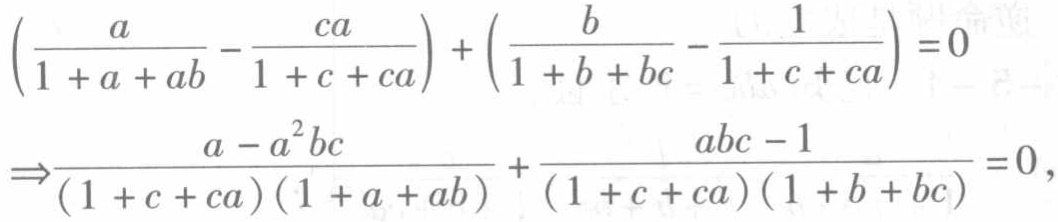
$\begin{align*}
&\left(\frac{a}{1 + a + ab}-\frac{ca}{1 + c + ca}\right)+\left(\frac{b}{1 + b + bc}-\frac{1}{1 + c + ca}\right)=0\\
\Rightarrow&\frac{a - a^{2}bc}{(1 + c + ca)(1 + a + ab)}+\frac{abc - 1}{(1 + c + ca)(1 + b + bc)}=0,
\end{align*}$